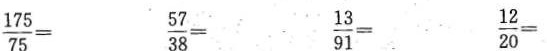
$$\frac{175}{75}=$$ $$\frac{57}{38}=$$ $$\frac{13}{91}=$$ $$\frac{12}{20}=$$